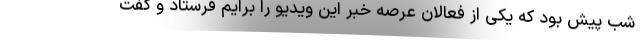
شب پیش بود که یکی از فعالان عرصه خبر این ویدیو را برایم فرستاد و گفت